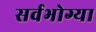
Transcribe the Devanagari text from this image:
सर्वभोग्या